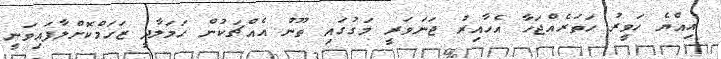
އިއްޔެ ހަވީރު ހަތަރެއްޖަހާ އެހާއިރު ޖަނަވަރީ މަގުގައި ތޫނު އެއްޗަކުން ހަމަލާދީ ޒަހަމްކޮށްލާފައިވަނީ